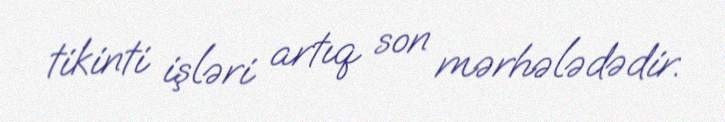
tikinti işləri artıq son mərhələdədir.